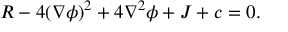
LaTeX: R - 4 ( \nabla \phi ) ^ { 2 } + 4 \nabla ^ { 2 } \phi + J + c = 0 .